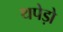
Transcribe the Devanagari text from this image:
थपेड़ो